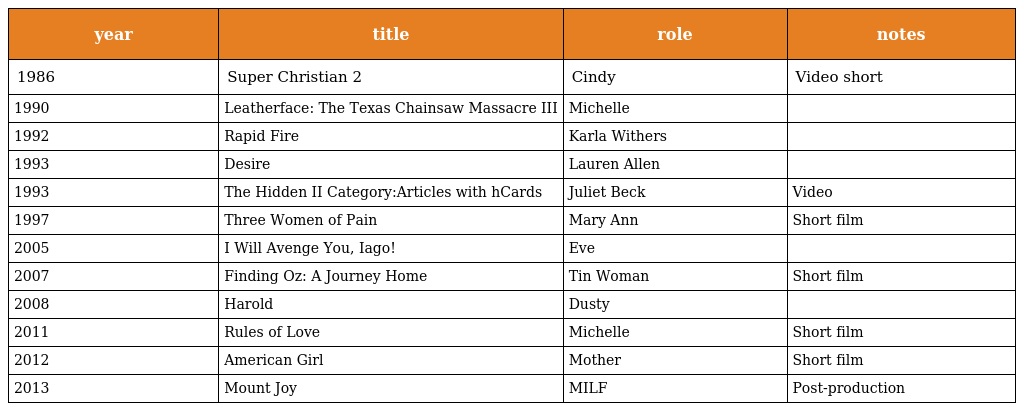
| year | title | role | notes |
 | --- | --- | --- | --- |
 | 1986 | Super Christian 2 | Cindy | Video short |
 | 1990 | Leatherface: The Texas Chainsaw Massacre III | Michelle |  |
 | 1992 | Rapid Fire | Karla Withers |  |
 | 1993 | Desire | Lauren Allen |  |
 | 1993 | The Hidden II Category:Articles with hCards | Juliet Beck | Video |
 | 1997 | Three Women of Pain | Mary Ann | Short film |
 | 2005 | I Will Avenge You, Iago! | Eve |  |
 | 2007 | Finding Oz: A Journey Home | Tin Woman | Short film |
 | 2008 | Harold | Dusty |  |
 | 2011 | Rules of Love | Michelle | Short film |
 | 2012 | American Girl | Mother | Short film |
 | 2013 | Mount Joy | MILF | Post-production |